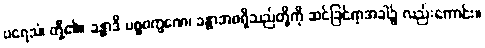
ပရေသံ၊ တို့၏။ ခန္ဓာဒိ ပစ္စဝက္ခဏေ၊ ခန္ဓာအစရှိသည်တို့ကို ဆင်ခြင်ရာအခါ၌ လည်းကောင်း။